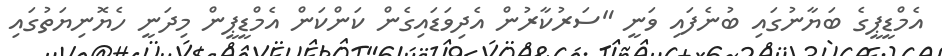
އެމްޑީޕީގެ ބަޔާނުގައި ބުނެފައި ވަނީ "ސަރުކާރުން އެދިވަޑައިގެން ކަންކަން އެމްޑީޕީން މިދަނީ ހެޔޮނިޔަތުގައި